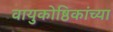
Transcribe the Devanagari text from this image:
वायुकोष्ठिकांच्या